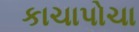
કાચાપોચા